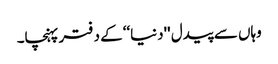
وہاں سے پیدل ''دنیا‘‘ کے دفتر پہنچا۔